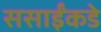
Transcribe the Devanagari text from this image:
ससाईंकडे